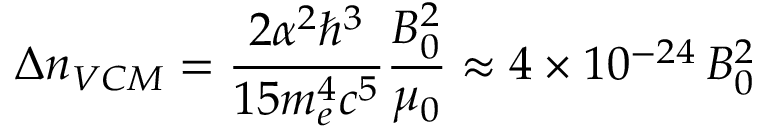
\Delta n _ { V C M } = { \frac { 2 \alpha ^ { 2 } \hbar ^ { 3 } } { 1 5 m _ { e } ^ { 4 } c ^ { 5 } } } { \frac { B _ { 0 } ^ { 2 } } { \mu _ { 0 } } } \approx 4 \times 1 0 ^ { - 2 4 } \, B _ { 0 } ^ { 2 }